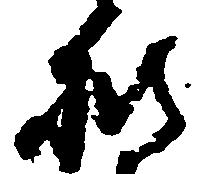
披